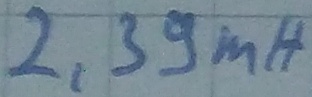
Text: 2,39mH